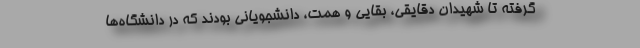
گرفته تا شهیدان دقایقی، بقایی و همت، دانشجویانی بودند که در دانشگاه‌ها